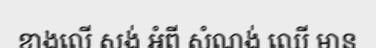
ខាងលើ សង់ អំពី សំណង់ ឈើ មាន